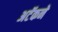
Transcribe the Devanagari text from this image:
अटॅकने